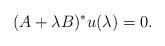
LaTeX: \begin{align*}(A+ \lambda B)^* u(\lambda)=0.\end{align*}